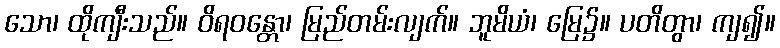
သော၊ ထိုကျီးသည်။ ဝိရဝန္တော၊ မြည်တမ်းလျက်။ ဘူမိယံ၊ မြေ၌။ ပတိတွာ၊ ကျ၍။